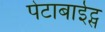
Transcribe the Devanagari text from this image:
पेटाबाईट्स